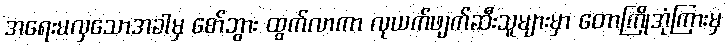
အရေးမလှသောအခါမှ စော်ဘွား ထွက်လာကာ လုယက်ဖျက်ဆီးသူများမှာ တောကြိုအုံကြားမှ